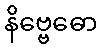
နိဗ္ဗေဓော